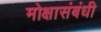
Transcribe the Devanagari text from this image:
मोक्षासंबंधी